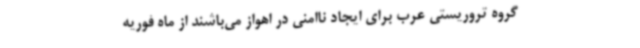
گروه تروریستی عرب برای ایجاد ناامنی در اهواز می‌باشند از ماه فوریه